Juri_Uluots, lk 14
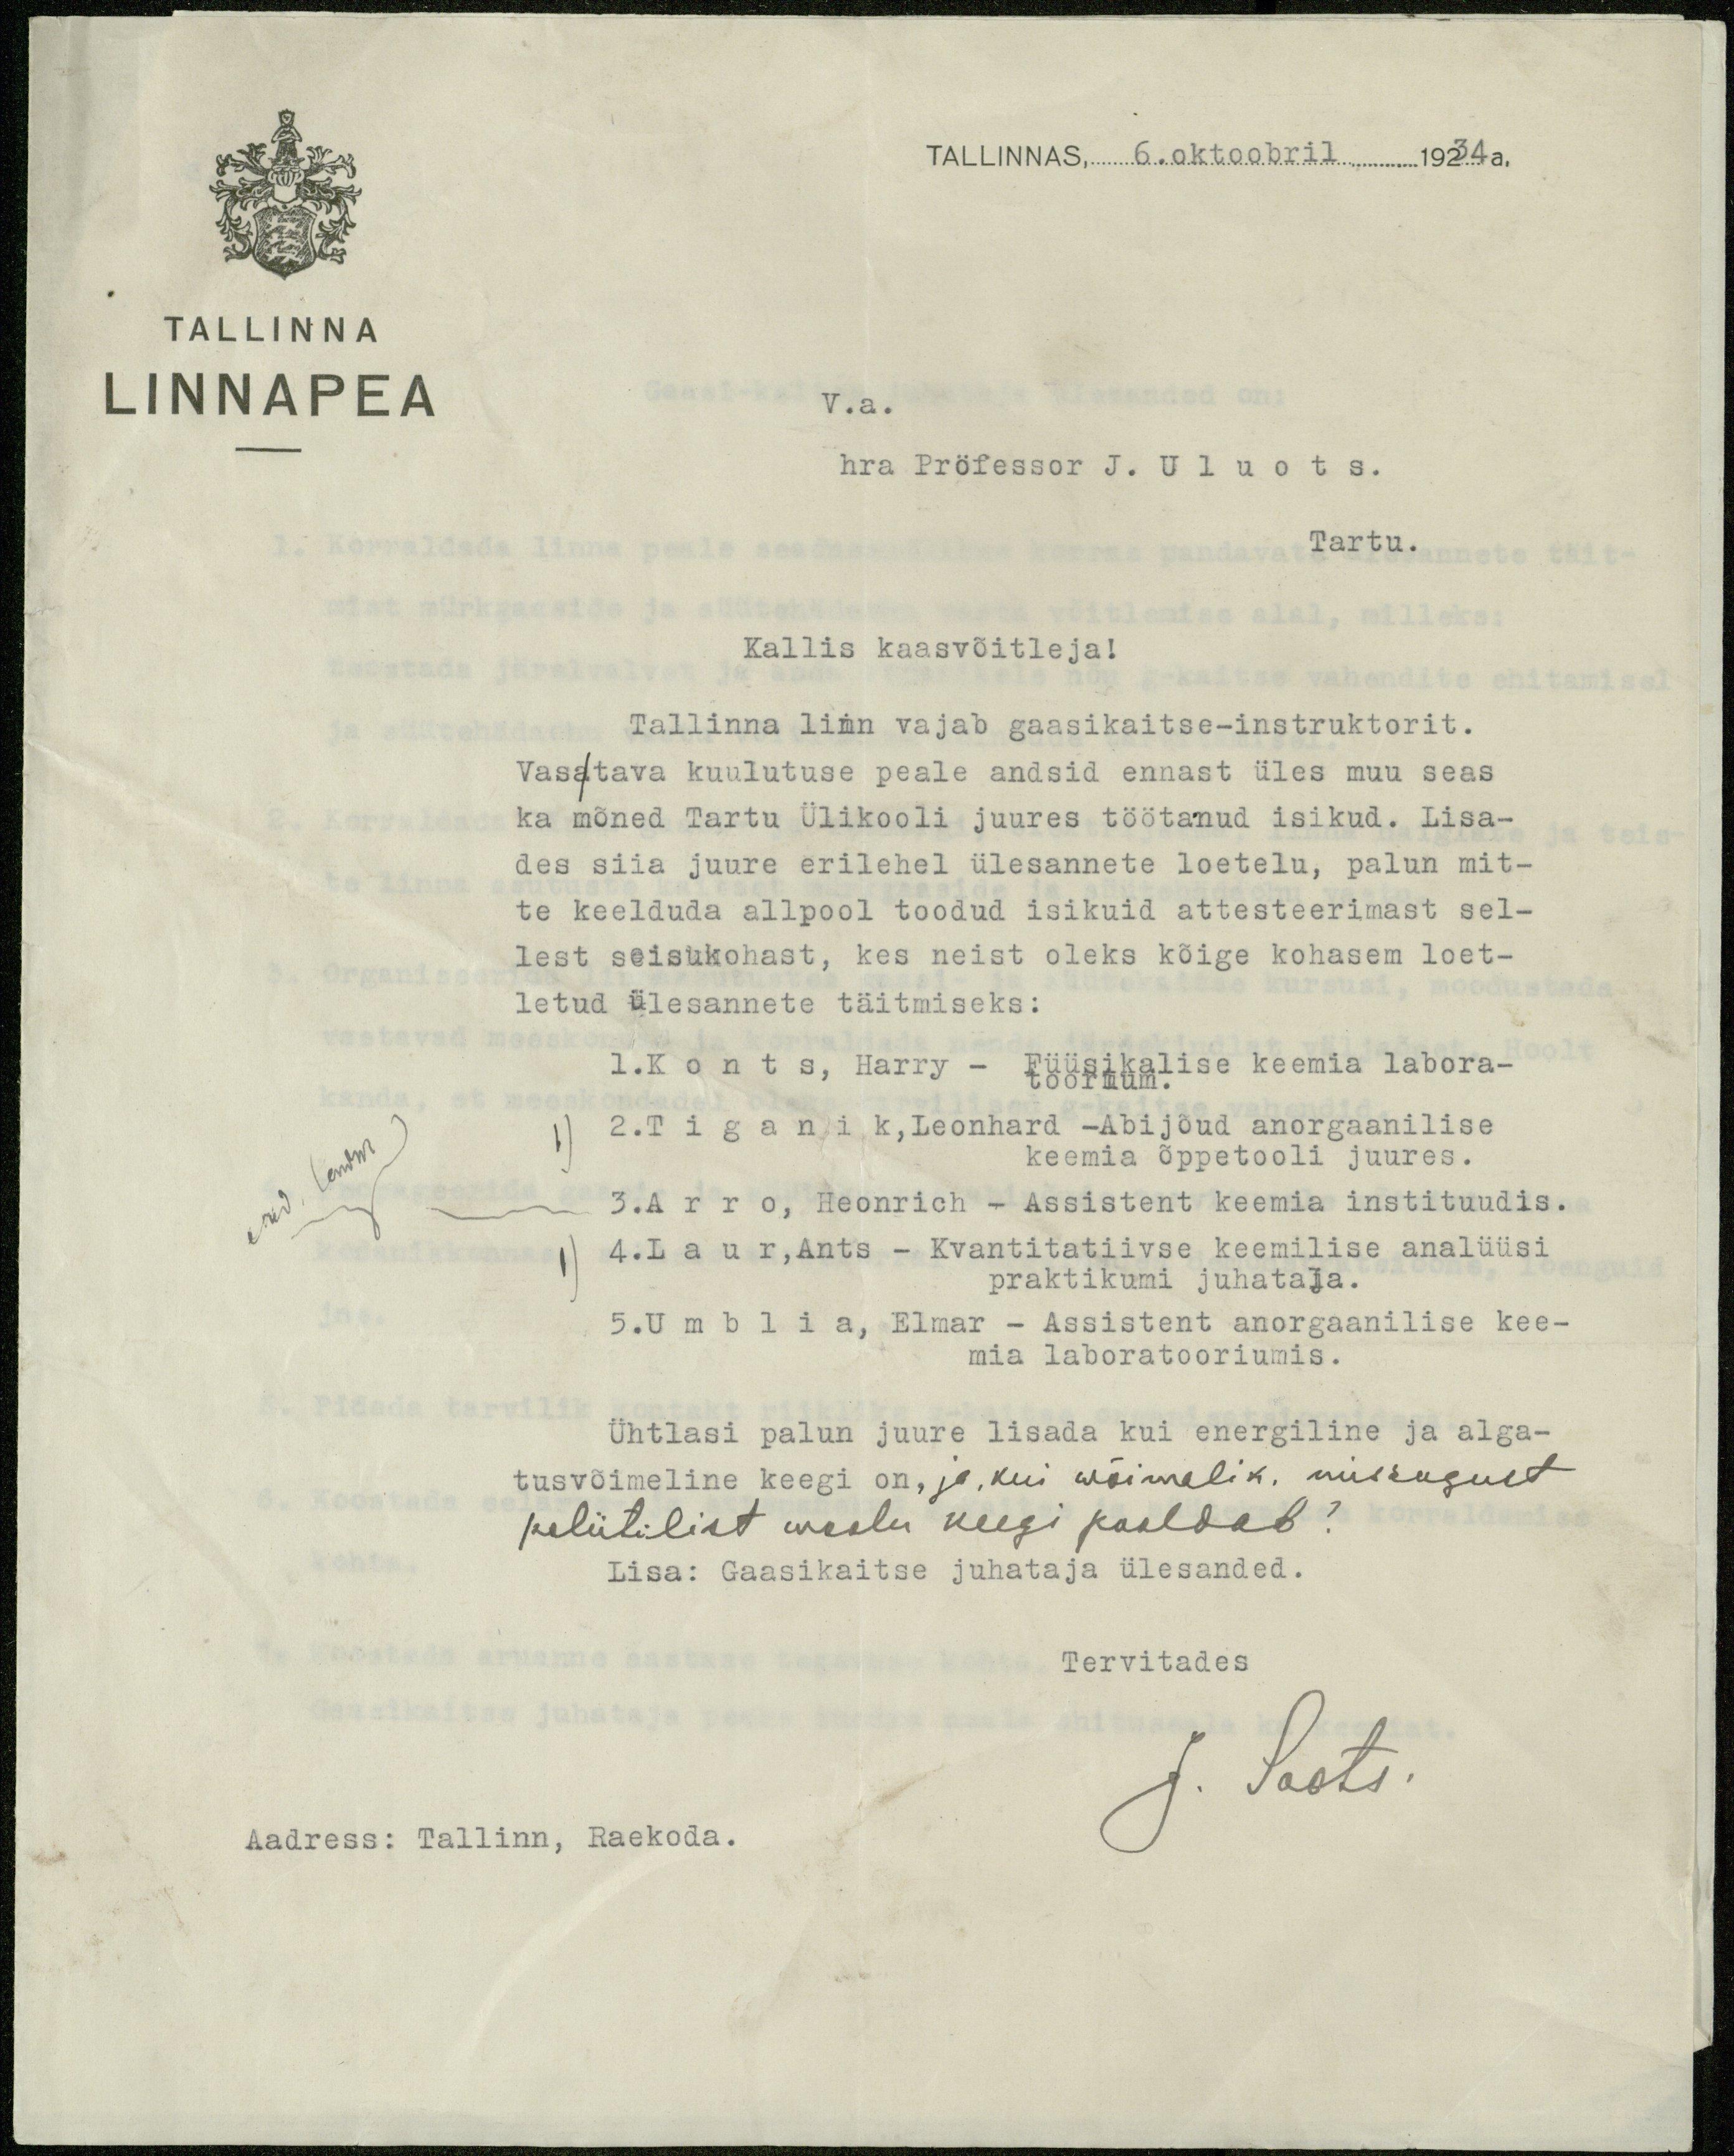
TALLINNAS, 6.oktoobril 1934 a.
TALLINNA
LINNAPEA
V.a.
hra Pröfessor J. U l u o t s.
Tartu.
Kallis kaasvõitleja!
Tallinna linn vajab gaasikaitse-instruktorit.
Vasatava kuulutuse peale andsid ennast üles muu seas
ka mõned Tartu Ülikooli juures töötanud isikud. Lisa-
des siia juure erilehel ülesannete loetelu, palun mit-
te keelduda allpool toodud isikuid attesteerimast sel-
lest seisukohast, kes neist oleks kõige kohasem loet-
letud ülesannete täitmiseks:
1.K o n t s, Harry - Füüsikalise keemia labora-toorium.
cand. loodus
2.T i g a n i k,Leonhard -Abijõud anorgaanilise
keemia õppetooli juures.
3.A r r o, Heonrich - Assistent keemia instiduudis.
4.L a u r,Ants - Kvantitatiivse keemilise analüüsi
praktikumi juhataja.
5.U m b l i a, Elmar - Assistent anorgaanilise kee-
mia laboratooriumis.
Ühtlasi palun juure lisada kui energiline ja alga-
tusvõimeline keegi on, ja, kui wõimalik, missugust
poliitilist woolu keegi pooldab?
Lisa: Gaasikaitse juhataja ülesanded.
Tervitades
J. Soots.
Aadress: Tallinn, Raekoda.